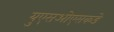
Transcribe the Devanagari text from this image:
युएसओएसकडे